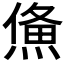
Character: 𤌈